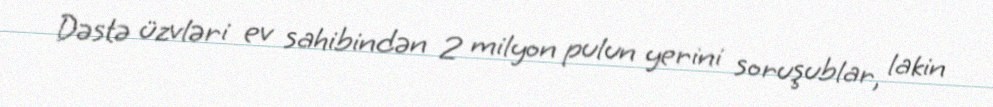
Dəstə üzvləri ev sahibindən 2 milyon pulun yerini soruşublar, lakin